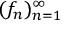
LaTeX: ( f _ { n } ) _ { n = 1 } ^ { \infty }